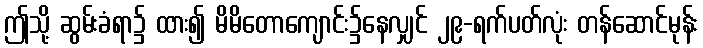
ဤသို့ ဆွမ်းခံရာ၌ ထား၍ မိမိတောကျောင်း၌နေလျှင် ၂၉-ရက်ပတ်လုံး တန်ဆောင်မုန်း